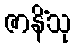
ဇာနိံသု